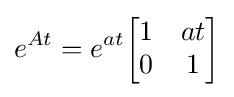
e^{At}=e^{at}{\begin{bmatrix}1&at\\0&1\end{bmatrix}}